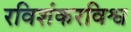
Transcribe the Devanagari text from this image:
रविशंकरविश्व